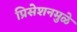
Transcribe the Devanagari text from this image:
प्रिसेशनमुळे